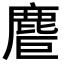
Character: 𪊤